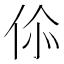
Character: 𬽿